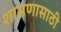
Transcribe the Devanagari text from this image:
शासणासाठी